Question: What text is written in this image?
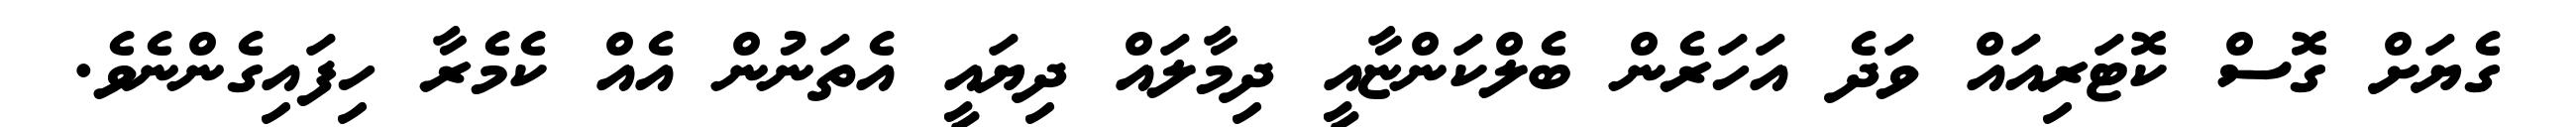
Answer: ގެޔަށް ގޮސް ކޮޓަރިއައް ވަދެ އަހަރެން ބެލްކަންޏާއީ ދިމާލައް ދިޔައީ އެތަނުން އެއް ކެމެރާ ހިފައިގެންނެވެ.